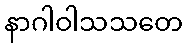
နာဂါဝါသသတေ